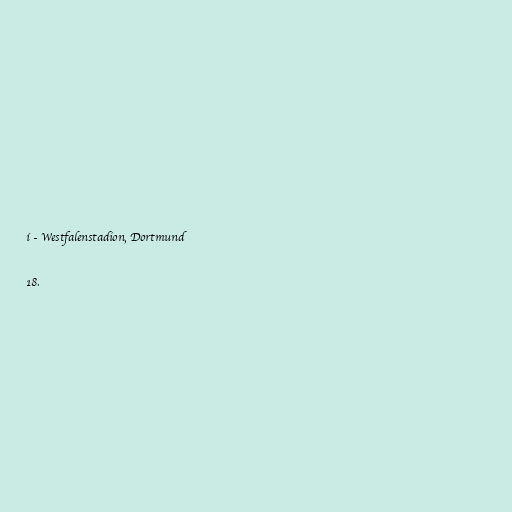
í - Westfalenstadion, Dortmund

18.